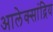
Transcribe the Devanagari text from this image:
आलेक्सांद्रिय